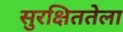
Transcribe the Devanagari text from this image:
सुरक्षिततेला